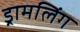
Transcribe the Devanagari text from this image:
ड्रामलिंग